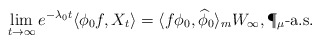
\begin{align*} \lim_{t\to\infty}e^{-\lambda_{0}t}\langle\phi_0f, X_t\rangle=\langle f\phi_0,{\widehat \phi}_0\rangle_m W_\infty, \P_{\mu}\mbox{-a.s.}\end{align*}